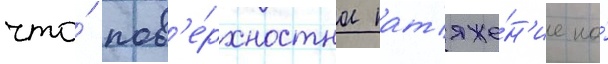
что́ пов'е́рхностное нат'яже́н'ие на́